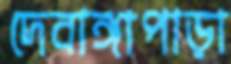
দেবাঙ্গাপাড়া